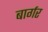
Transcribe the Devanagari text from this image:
बार्गर